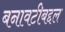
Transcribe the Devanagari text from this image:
बनावटीबद्दल